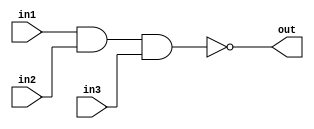
/*
    CS/ECE 552 Spring '22
    Homework #1, Problem 1

    3 input NAND
*/
module nand3 (out,in1,in2,in3);
    output out;
    input in1,in2,in3;
    assign out = ~(in1 & in2 & in3);
endmodule